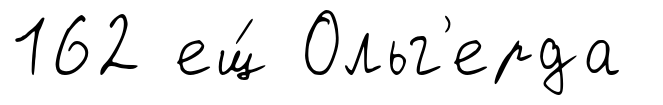
162 ещ́ Ольг'ерда